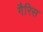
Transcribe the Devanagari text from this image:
गैरिस